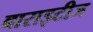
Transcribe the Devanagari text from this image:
बाराइटीज